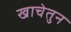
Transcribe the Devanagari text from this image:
खाचेतुन